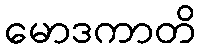
မောဒကာတိ